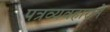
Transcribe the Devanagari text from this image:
पत्रव्यवहाराने